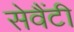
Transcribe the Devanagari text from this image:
सेवैंटी